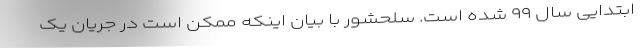
ابتدایی سال ۹۹ شده است. سلحشور با بیان اینکه ممکن است در جریان یک